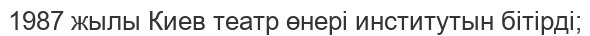
1987 жылы Киев театр өнері институтын бітірді;